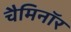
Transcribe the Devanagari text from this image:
चैमिनॉर